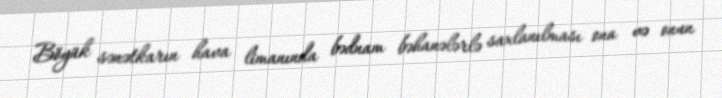
Böyük sənətkarın hava limanında bədnam bəhanələrlə saxlanılması ona və onun